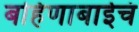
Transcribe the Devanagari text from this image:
बहिणाबाईचं